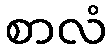
စာလံ